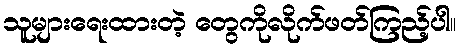
သူများရေးထားတဲ့ တွေကိုလိုက်ဖတ်ကြည့်ပါ။